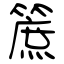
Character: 䉀